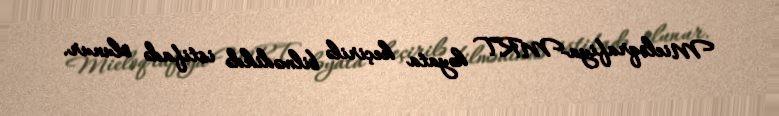
Mieloqrafiya-MRT həyata keçirilə bilmədikdə istifadə olunur.